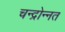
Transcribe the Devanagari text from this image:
चन्द्रोन्नत